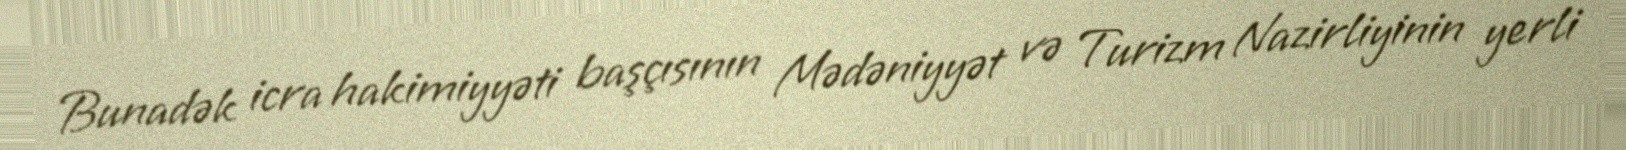
Bunadək icra hakimiyyəti başçısının Mədəniyyət və Turizm Nazirliyinin yerli